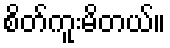
စိတ်ကူးမိတယ်။